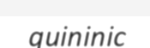
quininic